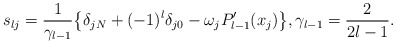
\begin{align*} s_{lj}=\frac 1{\gamma_{l-1}}\big\{ \delta_{jN}+(-1)^l \delta_{j0}- \omega_j P_{l-1}'(x_j)\big\}, \gamma_{l-1}=\frac 2 {2l-1}.\end{align*}